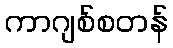
ကာဂျစ်စတန်